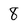
Character: 8